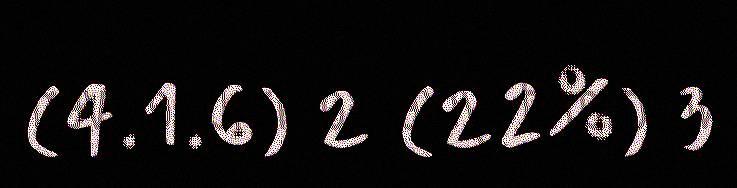
(4.1.6) 2 (22%) 3